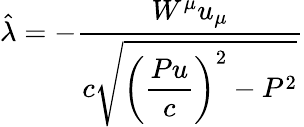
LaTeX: \hat{\lambda}=-\frac{W^{\mu}u_{\mu}}{\displaystyle c\sqrt{\left(\frac{Pu}{c}\right)^{2}-P^{2}}}